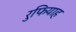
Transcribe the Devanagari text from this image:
रुफियाह